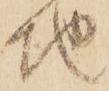
地